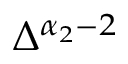
\Delta ^ { \alpha _ { 2 } - 2 }